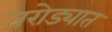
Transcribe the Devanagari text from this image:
तरोड्यात